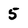
Character: 5